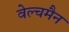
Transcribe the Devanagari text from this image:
वेल्चमैन